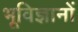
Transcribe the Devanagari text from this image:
भूविज्ञानों